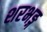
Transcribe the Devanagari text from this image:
शरभङ्ग